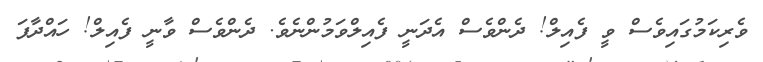
ވެރިކަމުގައިވެސް ވީ ފެއިލް! ދެންވެސް އެދަނީ ފެއިލްވަމުންނެވެ. ދެންވެސް ވާނީ ފެއިލް! ހައްދާފަ